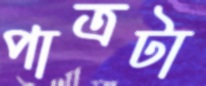
পাত্রটা